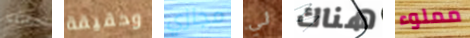
سيقتلنا وحقيقة مجازي لي هناك مملوء